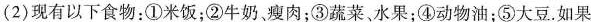
(2)现有以下食物：①米饭；②牛奶、瘦肉；③蔬菜、水果；④动物油；⑤大豆.如果